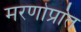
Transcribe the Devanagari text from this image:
मरणोप्रांत